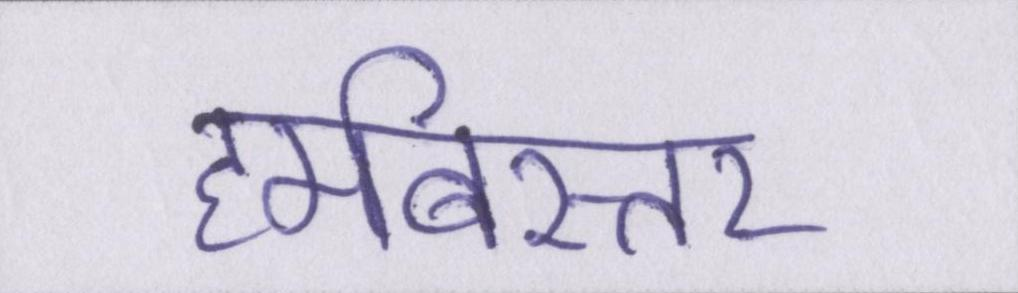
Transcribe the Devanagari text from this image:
हमबिस्तर